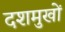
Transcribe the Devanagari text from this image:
दशमुखों